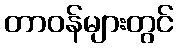
တာဝန်များတွင်